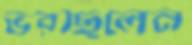
ভরছিলেন